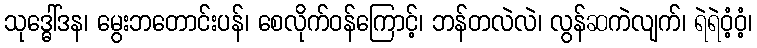
သုဒ္ဓေါ်ဒန၊ မွေးဘတောင်းပန်၊ စေလိုက်ဝန်ကြောင့်၊ ဘန်တလဲလဲ၊ လွန်ဆကဲလျက်၊ ရဲရဲဝံ့ဝံ့၊